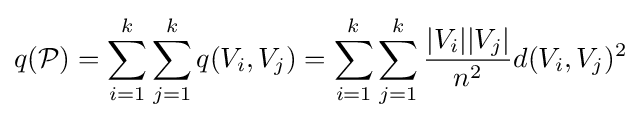
q({\mathcal {P}})=\sum _{i=1}^{k}\sum _{j=1}^{k}q(V_{i},V_{j})=\sum _{i=1}^{k}\sum _{j=1}^{k}{\frac {|V_{i}||V_{j}|}{n^{2}}}d(V_{i},V_{j})^{2}